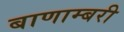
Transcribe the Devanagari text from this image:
बाणाम्बरी